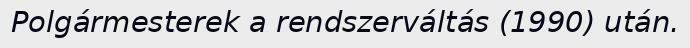
Polgármesterek a rendszerváltás (1990) után.